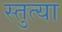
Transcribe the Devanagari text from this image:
स्तुत्या